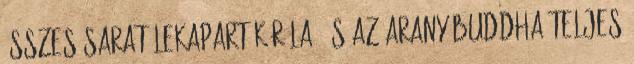
összes sarat lekaparták róla, és az arany Buddha teljes